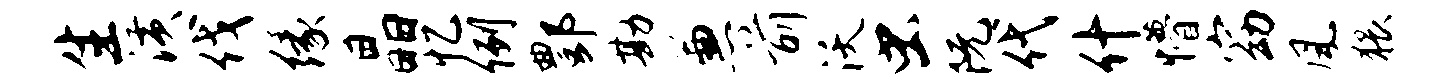
生潢伐缘晶忆例酆勘兼前沃虫阮代什懵窈风猥